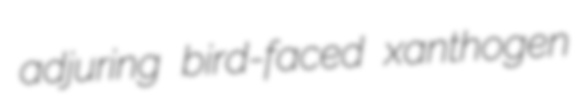
adjuring bird-faced xanthogen